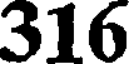
316